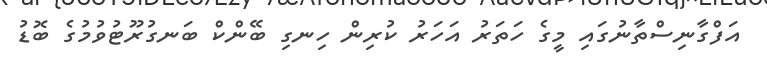
އަފްގާނިސްތާނުގައި މީގެ ހަތަރު އަހަރު ކުރިން ހިނގި ބޭންކް ބަނގުރޫޓުވުމުގެ ބޮޑު